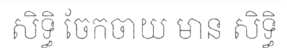
សិទ្ធិ ចែកចាយ មាន សិទ្ធិ